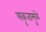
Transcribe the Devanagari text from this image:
यकृतामुळे